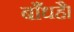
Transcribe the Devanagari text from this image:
बाँधहै।